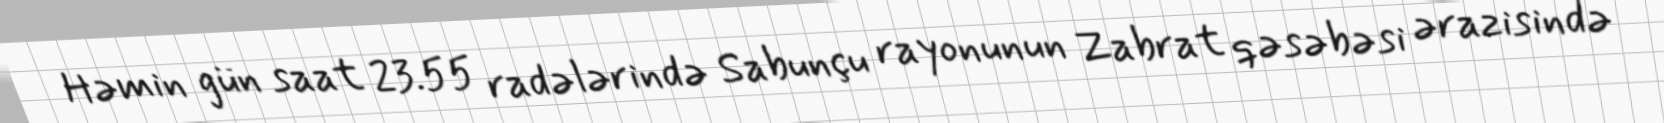
Həmin gün saat 23.55 radələrində Sabunçu rayonunun Zabrat qəsəbəsi ərazisində